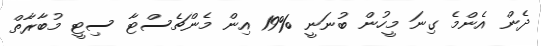
ދެން އެންމެ ގިނަ މީހުން ބުނަނީ %19 އިން މެންޗެސްޓާ ސިޓީ މުބާރާތް